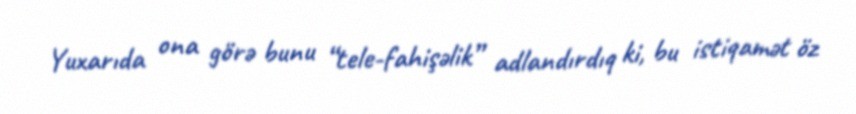
Yuxarıda ona görə bunu “tele-fahişəlik” adlandırdıq ki, bu istiqamət öz